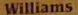
Williams